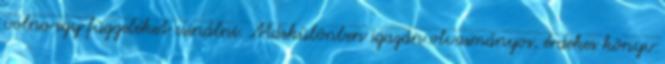
volna egy függeléket csinálni. Máskülönben igazán olvasmányos, érdekes könyv